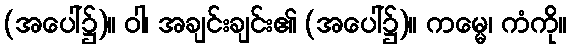
(အပေါ်၌)။ ဝါ၊ အချင်းချင်း၏ (အပေါ်၌)။ ကမ္မေ၊ ကံကို။